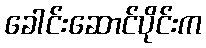
ခေါင်းဆောင်ပိုင်းက